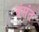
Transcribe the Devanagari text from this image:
बंसंत